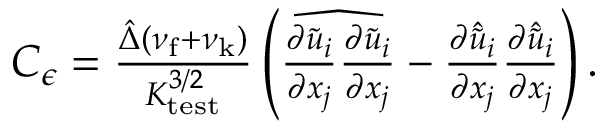
\begin{array} { r } { C _ { \epsilon } = \frac { \hat { \Delta } ( \nu _ { \mathrm { f } } + \nu _ { \mathrm { k } } ) } { K _ { \mathrm { t e s t } } ^ { 3 / 2 } } \left( \widehat { \frac { \partial \tilde { u } _ { i } } { \partial x _ { j } } \frac { \partial \tilde { u } _ { i } } { \partial x _ { j } } } - \frac { \partial \hat { \tilde { u } } _ { i } } { \partial x _ { j } } \frac { \partial \hat { \tilde { u } } _ { i } } { \partial x _ { j } } \right) . } \end{array}